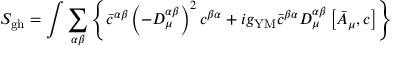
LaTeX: S _ { \mathrm { g h } } = \int \sum _ { \alpha \beta } \left\{ \bar { c } ^ { \alpha \beta } \left( - D _ { \mu } ^ { \alpha \beta } \right) ^ { 2 } c ^ { \beta \alpha } + i g _ { \mathrm { Y M } } \bar { c } ^ { \beta \alpha } D _ { \mu } ^ { \alpha \beta } \left[ \bar { A } _ { \mu } , c \right] \right\}